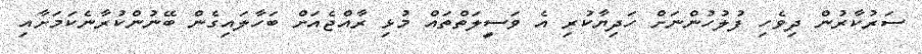
ސަރުކާރުން ދިވެހި ފުލުހުންނަށް ހަދިޔާކުރި އެ ވަސީލަތްތައް މުޅި ރާއްޖެއަށް ބަހާލައިގެން ބޭނުންކުރާނެކަމަށާއި